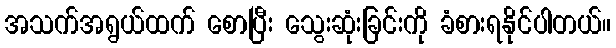
အသက်အရွယ်ထက် စောပြီး သွေးဆုံးခြင်းကို ခံစားရနိုင်ပါတယ်။